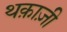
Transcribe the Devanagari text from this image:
थक़ाज़ी